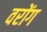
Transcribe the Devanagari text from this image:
वरोंग